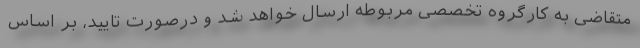
متقاضی به کارگروه تخصصی مربوطه ارسال خواهد شد و درصورت تایید، بر اساس